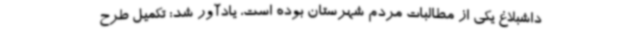
داشبلاغ یکی از مطالبات مردم شهرستان بوده است، یادآور شد: تکمیل طرح